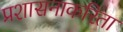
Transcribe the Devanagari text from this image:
प्रशासनाकरिता